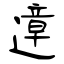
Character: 遧